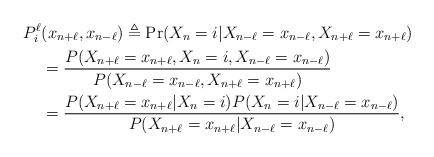
LaTeX: \begin{align*}P_i^\ell&(x_{n+\ell},x_{n-\ell})\triangleq\Pr(X_n=i|X_{n-\ell}=x_{n-\ell},X_{n+\ell}=x_{n+\ell})\\&=\frac{P(X_{n+\ell}=x_{n+\ell},X_n=i,X_{n-\ell}=x_{n-\ell})}{P(X_{n-\ell}=x_{n-\ell},X_{n+\ell}=x_{n+\ell})}\\&=\frac{P(X_{n+\ell}=x_{n+\ell}|X_n=i)P(X_n=i|X_{n-\ell}=x_{n-\ell})}{P(X_{n+\ell}=x_{n+\ell}|X_{n-\ell}=x_{n-\ell})},\end{align*}